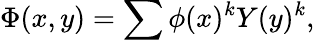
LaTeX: \Phi(x,y)=\sum\phi(x)^{k}Y(y)^{k},